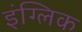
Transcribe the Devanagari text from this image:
इंग्लिक